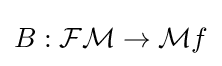
B:{\mathcal {FM}}\to {\mathcal {M}}f